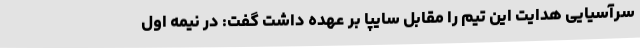
سرآسیایی هدایت این تیم را مقابل سایپا بر عهده داشت گفت: در نیمه اول